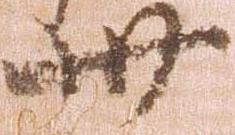
卅